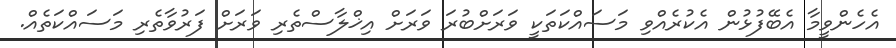
އެހެންވީމާ އެބޭފުޅުން އެކުރެއްވި މަސައްކަތަކީ ވަރަށްބުރަ ވަރަށް އިޚްލާސްތެރި ވަރަށް ފަރުވާތެރި މަސައްކަތެއް.